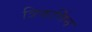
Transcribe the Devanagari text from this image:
त्रिकर्णिन